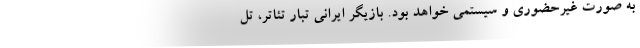
به صورت غیرحضوری و سیستمی خواهد بود. بازیگر ایرانی تبار تئاتر، تل